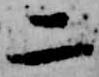
二